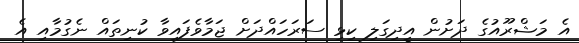
އެ މަޝްރޫއުގެ ދަށުން އީދިގަލި ކިޅި ސަރަހައްދަށް ޖަމާވެފައިވާ ކުނިތައް ނެގުމާއި އެ